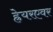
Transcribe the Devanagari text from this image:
ह्रेयरएवर